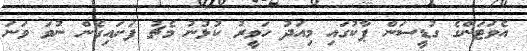
އެވަޓަންގެ ގުޑީސަން ޕާކުގައި މިއަދު ހަވީރު ކުޅުނު މެޗު ފަށައިގެން ނުވަ ވަނަ